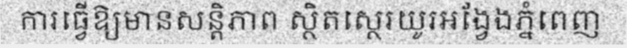
ការធ្វើឱ្យមានសន្តិភាព ស្ថិតស្ថេរយូរអង្វែងភ្នំពេញ